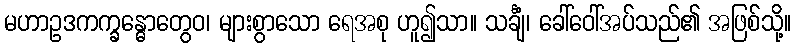
မဟာဥဒကက္ခန္ဓောတွေဝ၊ များစွာသော ရေအစု ဟူ၍သာ။ သင်္ချံ၊ ခေါ်ဝေါ်အပ်သည်၏ အဖြစ်သို့။